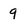
Character: 9